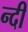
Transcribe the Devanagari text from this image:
न्दी